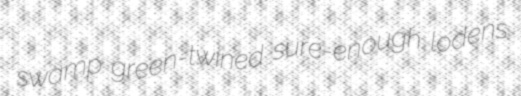
swamp green-twined sure-enough lodens